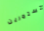
تستمرين